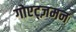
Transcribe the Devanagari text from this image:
गोएट्ज़मन